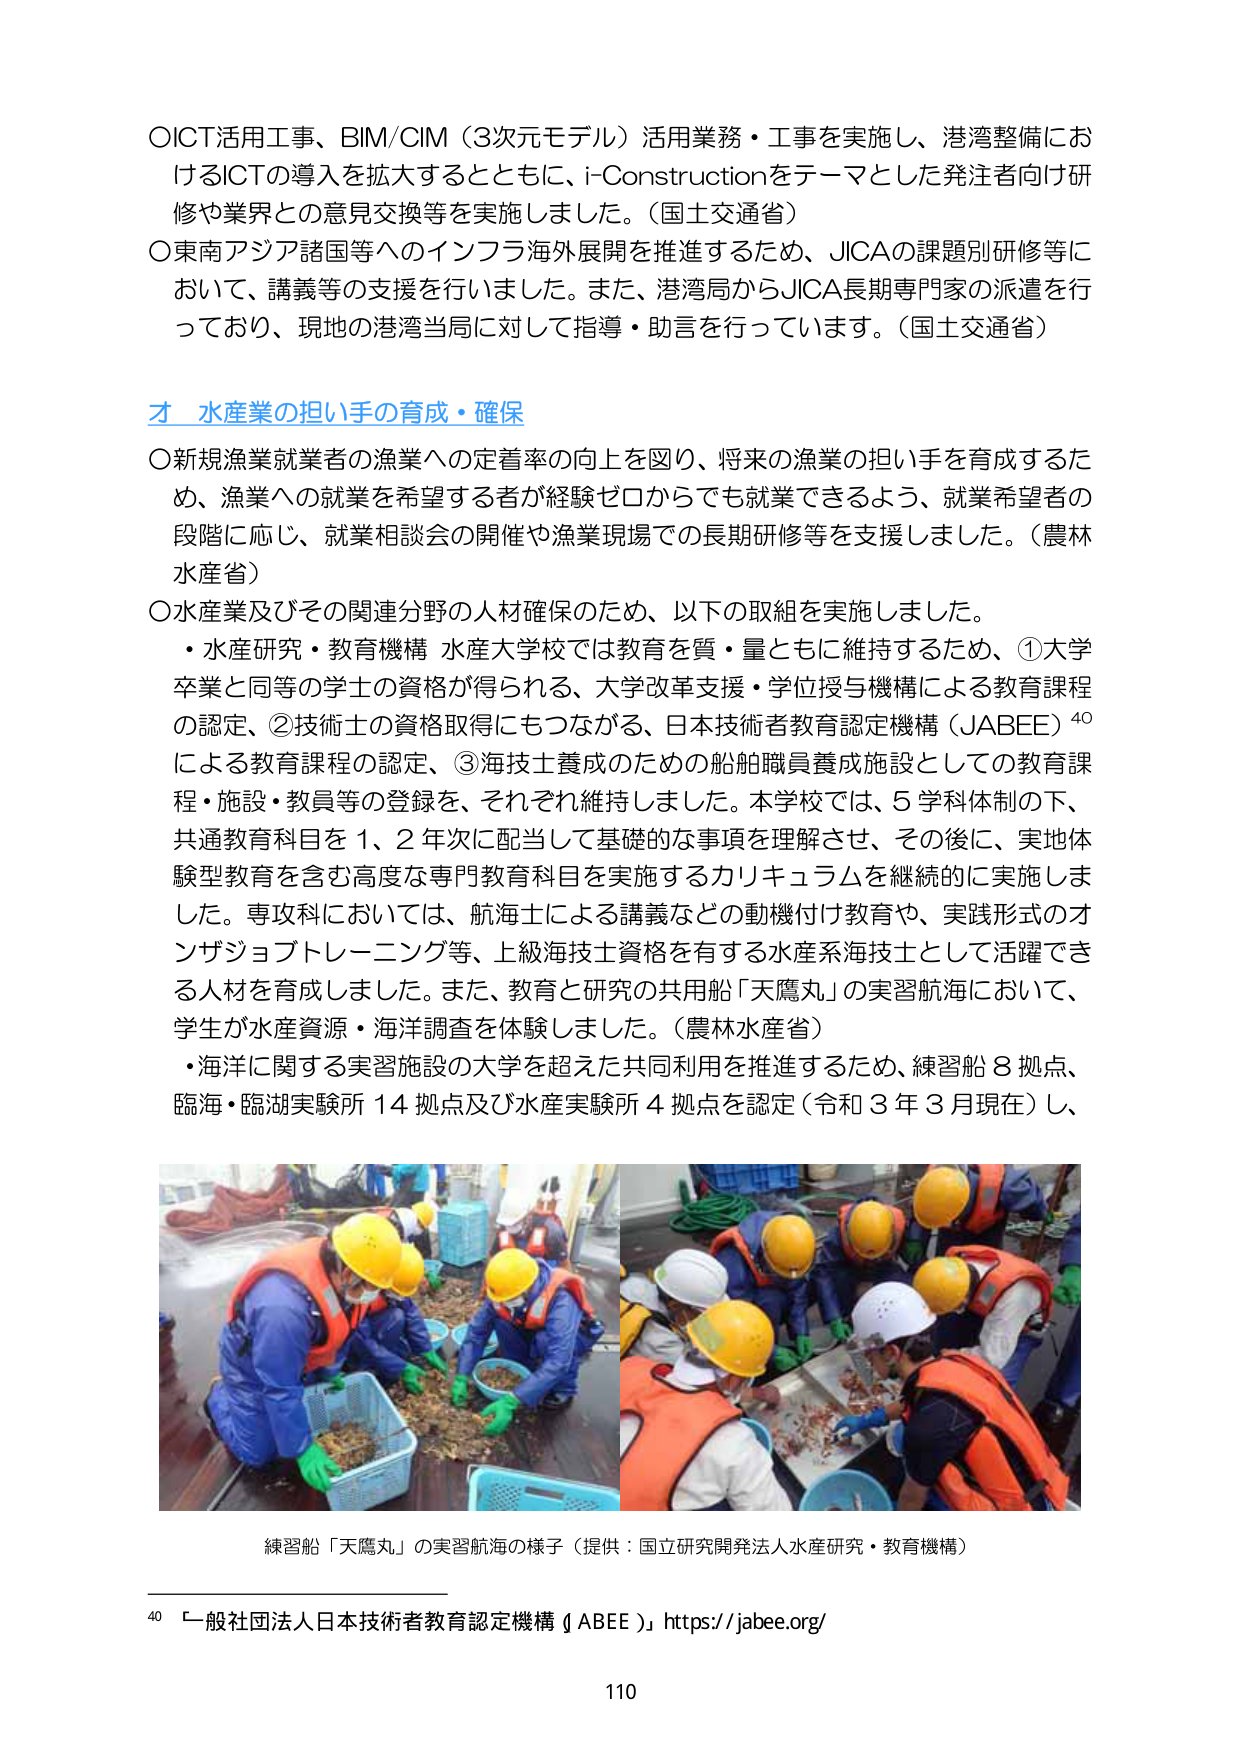
〇ICT活用工事、BIM/CIM（3次元モデル）活用業務・工事を実施し、港湾整備におけるICTの導入を拡大するとともに、i-Constructionをテーマとした発注者向け研修や業界との意見交換等を実施しました。（国土交通省）
〇東南アジア諸国等へのインフラ海外展開を推進するため、JICAの課題別研修等において、講義等の支援を行いました。また、港湾局からJICA長期専門家の派遣を行っており、現地の港湾当局に対して指導・助言を行っています。（国土交通省）

**才 水産業の担い手の育成・確保**
〇新規漁業就業者の漁業への定着率の向上を図り、将来の漁業の担い手を育成するため、漁業への就業を希望する者が経験ゼロからでも就業できるよう、就業希望者の段階に応じ、就業相談会の開催や漁業現場での長期研修等を支援しました。（農林水産省）
〇水産業及びその関連分野の人材確保のため、以下の取組を実施しました。
・水産研究・教育機構 水産大学校では教育を質・量ともに維持するため、①大学卒業と同等の学士の資格が得られる、大学改革支援・学位授与機構による教育課程の認定、②技術士の資格取得にもつながる、日本技術者教育認定機構（JABEE）⁴⁰による教育課程の認定、③海技士養成のための船舶職員養成施設としての教育課程・施設・教員等の登録を、それぞれ維持しました。本学校では、5学科体制の下、共通教育科目を1、2年次に配当して基礎的な事項を理解させ、その後に、実地体験型教育を含む高度な専門教育科目を実施するカリキュラムを継続的に実施しました。専攻科においては、航海士による講義などの動機付け教育や、実践形式のオンザジョブトレーニング等、上級海技士資格を有する水産系海技士として活躍できる人材を育成しました。また、教育と研究の共用船「天鷹丸」の実習航海において、学生が水産資源・海洋調査を体験しました。（農林水産省）
・海洋に関する実習施設の大学を超えた共同利用を推進するため、練習船8拠点、臨海・臨湖実験所14拠点及び水産実験所4拠点を認定（令和3年3月現在）し、

練習船「天鷹丸」の実習航海の様子（提供：国立研究開発法人水産研究・教育機構）

⁴⁰ 一般社団法人日本技術者教育認定機構（JABEE） https://jabee.org/

110